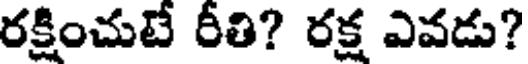
రక్షించుటే రీతి? రక్ష ఎవడు?